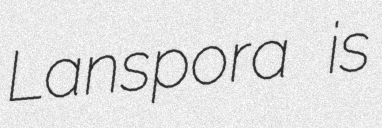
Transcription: Lanspora is